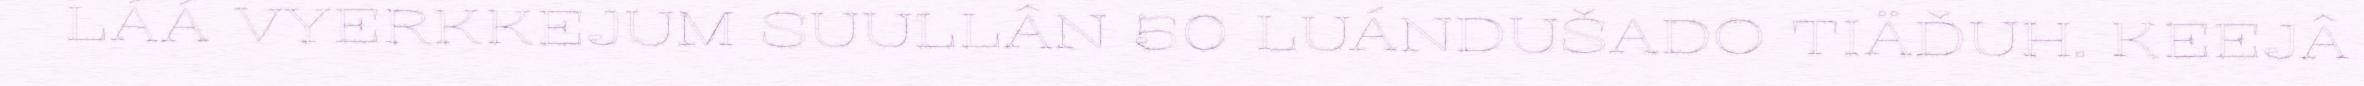
LÁÁ VYERKKEJUM SUULLÂN 50 LUÁNDUŠADO TIÄĐUH. KEEJÂ